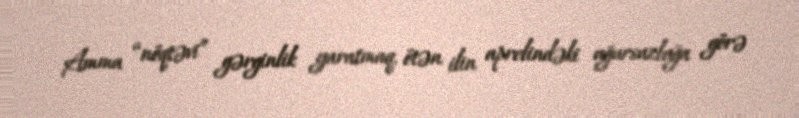
Amma “nöqtəvi” gərginlik yaratmaq, ötən ilin aprelindəki uğursuzluğa görə